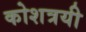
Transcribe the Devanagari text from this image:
कोशत्रयी